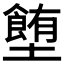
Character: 𡓉